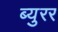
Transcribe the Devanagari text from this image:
ब्युरर